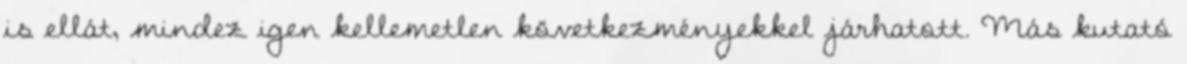
is ellát, mindez igen kellemetlen következményekkel járhatott. Más kutató